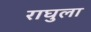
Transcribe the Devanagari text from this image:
राघुला